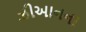
ઝીઆનના